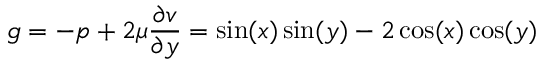
g = - p + 2 \mu \frac { \partial v } { \partial y } = \sin ( x ) \sin ( y ) - 2 \cos ( x ) \cos ( y )